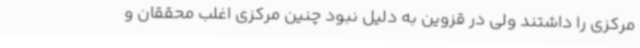
مرکزی را داشتند ولی در قزوین به دلیل نبود چنین مرکزی اغلب محققان و